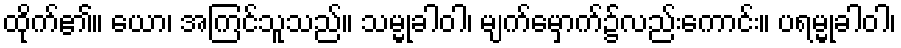
ထိုက်၏။ ယော၊ အကြင်သူသည်။ သမ္မုခါဝါ၊ မျက်မှောက်၌လည်းကောင်း။ ပရမ္မုခါဝါ၊